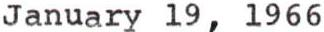
January 19, 1966